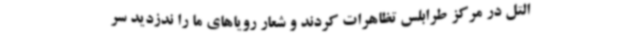
التل در مرکز طرابلس تظاهرات کردند و شعار رویاهای ما را ندزدید سر